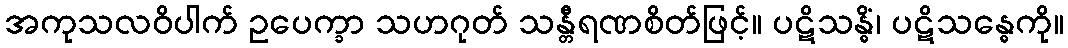
အကုသလဝိပါက် ဥပေက္ခာ သဟဂုတ် သန္တီရဏစိတ်ဖြင့်။ ပဋိသန္ဓိံ၊ ပဋိသန္ဓေကို။